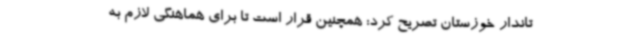
تاندار خوزستان تصریح کرد: همچنین قرار است تا برای هماهنگی لازم به